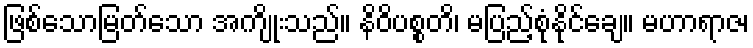
ဖြစ်သောမြတ်သော အကျိုးသည်။ နိဝိပစ္စတိ၊ မပြည့်စုံနိုင်ချေ။ မဟာရာဇ၊